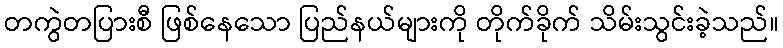
တကွဲတပြားစီ ဖြစ်နေသော ပြည်နယ်များကို တိုက်ခိုက် သိမ်းသွင်းခဲ့သည်။